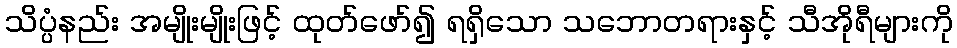
သိပ္ပံနည်း အမျိုးမျိုးဖြင့် ထုတ်ဖော်၍ ရရှိသော သဘောတရားနှင့် သီအိုရီများကို